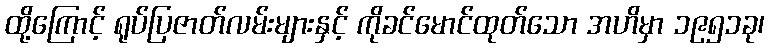
ထို့ကြောင့် ရုပ်ပြဇာတ်လမ်းများနှင့် ကိုခင်မောင်ထုတ်သော အဟိမှာ ၁၉၅၁ခု၊